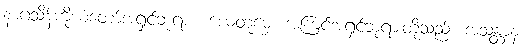
နာဂသိန်ကိုယ်တော်အရှင်ဘုရား။ ယေတုမှေ၊ အကြင်အရှင်ဘုရားတို့သည်။ အသန္တာနံ၊